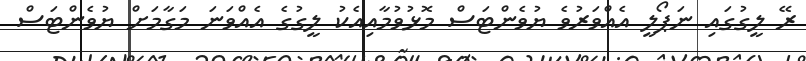
ރޭ ލީގުގައި ނަޕޯލީ އެއްވަރުވެ ޔުވެންޓަސް މޮޅުވުމާއިއެކު ލީގުގެ އެއްވަނަ މަގާމަށް ޔުވެންޓަސް